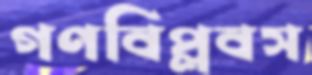
গণবিপ্লবস